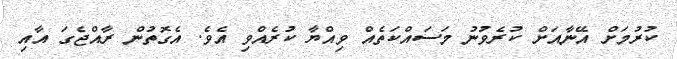
ކުރުމަށް އޭނާއަށް ކުރެވުނު މަސައްކަތެއް ވިއްޔާާ ކުރެއްވި އެވެ. އެގޮތުން ރާއްޖެގަ އާއި